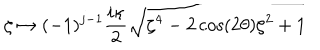
\zeta \mapsto ( - 1 ) ^ { j - 1 } \frac { i \kappa } { 2 } \sqrt { \zeta ^ { 4 } - 2 \cos ( 2 \theta ) \zeta ^ { 2 } + 1 }